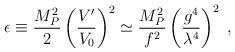
LaTeX: \begin{align*}\epsilon \equiv \frac{M_P^2}{2} \left(\frac{V'}{V_0}\right)^2 \simeq\frac{M_P^2}{f^2} \left(\frac{g^4}{\lambda^4}\right)^2 \;,\end{align*}